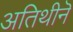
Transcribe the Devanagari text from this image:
अतिथीनॆ